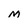
Character: M